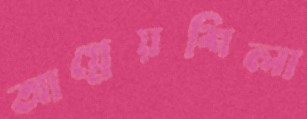
আগ্নেয়শিলা